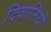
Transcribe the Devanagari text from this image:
दिवालियों